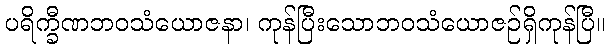
ပရိက္ခီဏဘဝသံယောဇနာ၊ ကုန်ပြီးသောဘဝသံယောဇဉ်ရှိကုန်ပြီ။